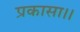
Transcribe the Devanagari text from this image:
प्रकासा।।